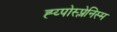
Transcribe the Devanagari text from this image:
ह्य्पोस्प्लेनिस्म